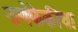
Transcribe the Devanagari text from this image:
नाणेफेकीचा